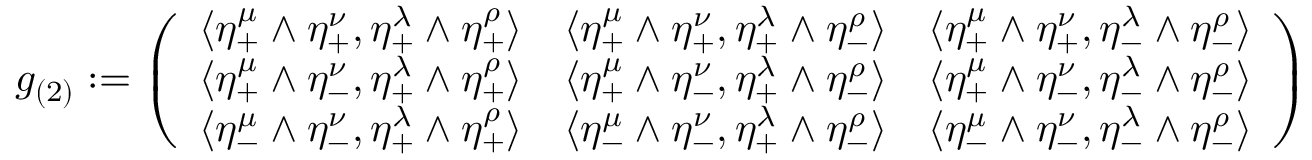
g _ { ( 2 ) } : = \left( \begin{array} { c c c } { { \langle \eta _ { + } ^ { \mu } \wedge \eta _ { + } ^ { \nu } , \eta _ { + } ^ { \lambda } \wedge \eta _ { + } ^ { \rho } \rangle } } & { { \langle \eta _ { + } ^ { \mu } \wedge \eta _ { + } ^ { \nu } , \eta _ { + } ^ { \lambda } \wedge \eta _ { - } ^ { \rho } \rangle } } & { { \langle \eta _ { + } ^ { \mu } \wedge \eta _ { + } ^ { \nu } , \eta _ { - } ^ { \lambda } \wedge \eta _ { - } ^ { \rho } \rangle } } \\ { { \langle \eta _ { + } ^ { \mu } \wedge \eta _ { - } ^ { \nu } , \eta _ { + } ^ { \lambda } \wedge \eta _ { + } ^ { \rho } \rangle } } & { { \langle \eta _ { + } ^ { \mu } \wedge \eta _ { - } ^ { \nu } , \eta _ { + } ^ { \lambda } \wedge \eta _ { - } ^ { \rho } \rangle } } & { { \langle \eta _ { + } ^ { \mu } \wedge \eta _ { - } ^ { \nu } , \eta _ { - } ^ { \lambda } \wedge \eta _ { - } ^ { \rho } \rangle } } \\ { { \langle \eta _ { - } ^ { \mu } \wedge \eta _ { - } ^ { \nu } , \eta _ { + } ^ { \lambda } \wedge \eta _ { + } ^ { \rho } \rangle } } & { { \langle \eta _ { - } ^ { \mu } \wedge \eta _ { - } ^ { \nu } , \eta _ { + } ^ { \lambda } \wedge \eta _ { - } ^ { \rho } \rangle } } & { { \langle \eta _ { - } ^ { \mu } \wedge \eta _ { - } ^ { \nu } , \eta _ { - } ^ { \lambda } \wedge \eta _ { - } ^ { \rho } \rangle } } \end{array} \right)